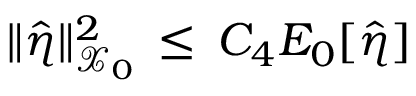
\| \hat { \eta } \| _ { \mathcal { X } _ { 0 } } ^ { 2 } \, \le \, C _ { 4 } E _ { 0 } [ \hat { \eta } ]